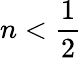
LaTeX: n<{\frac{1}{2}}